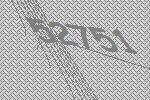
52751